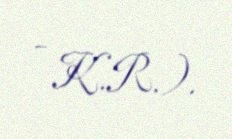
- K.R.).